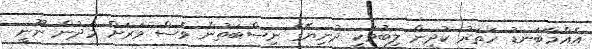
އެއްމާބަނޑު ހަތަރު ކުދިން ލިބުމަކީ ދުނިޔޭގެ ނިސްބަތުން ވެސް ވަރަށް މަދުން ނޫނީ